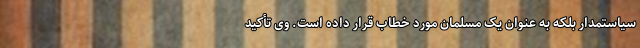
سیاستمدار بلکه به عنوان یک مسلمان مورد خطاب قرار داده است. وی تأکید